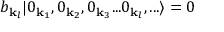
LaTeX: b _ { \mathbf { k } _ { l } } | 0 _ { \mathbf { k } _ { 1 } } , 0 _ { \mathbf { k } _ { 2 } } , 0 _ { \mathbf { k } _ { 3 } } . . . 0 _ { \mathbf { k } _ { l } } , . . . \rangle = 0